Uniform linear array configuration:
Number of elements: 64
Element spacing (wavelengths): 1
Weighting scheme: hann
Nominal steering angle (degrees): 60
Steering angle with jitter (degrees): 60.324
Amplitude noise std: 0.05
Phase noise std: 0.05

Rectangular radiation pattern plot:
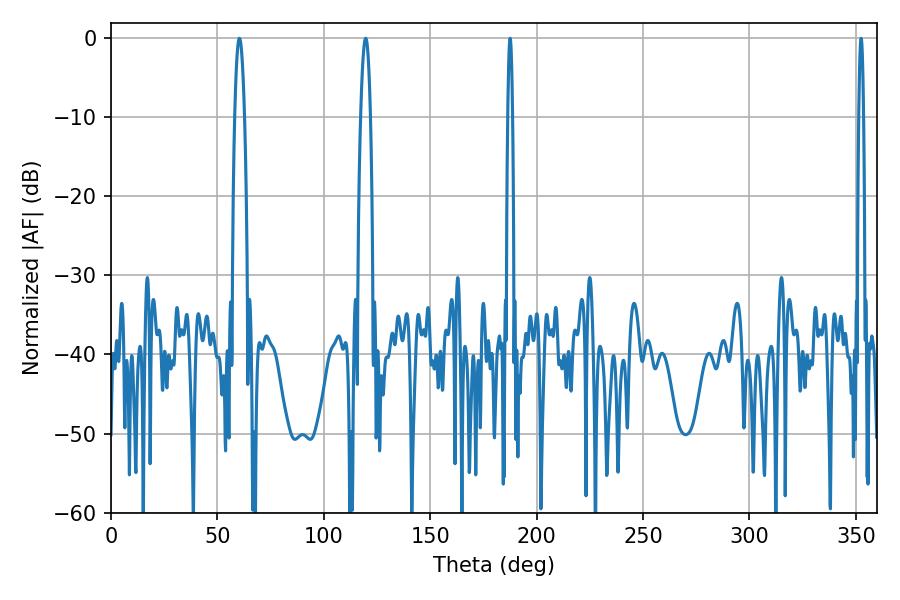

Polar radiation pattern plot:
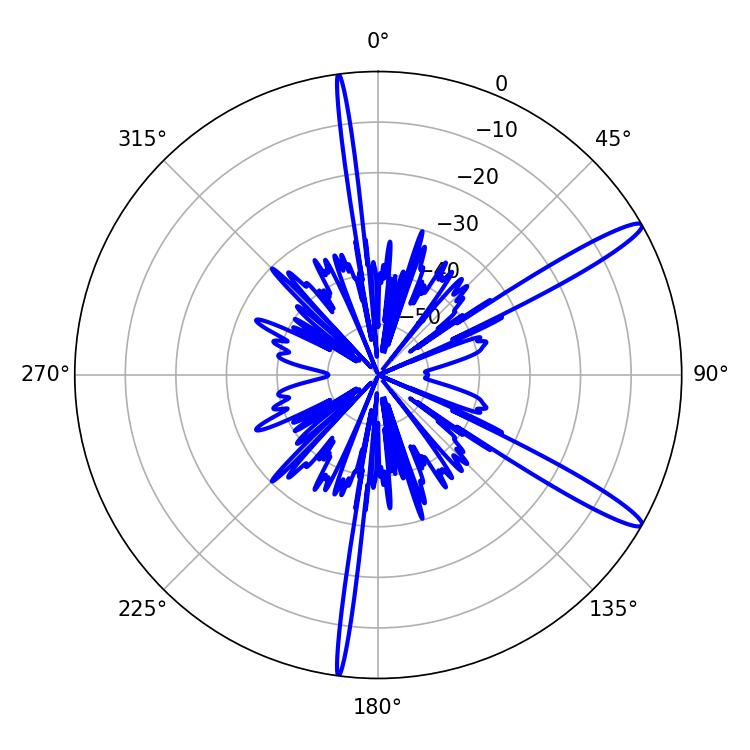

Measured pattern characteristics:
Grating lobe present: TRUE
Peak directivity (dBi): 14.106
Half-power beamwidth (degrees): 2.52
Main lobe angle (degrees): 60.3